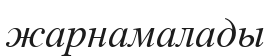
жарнамалады